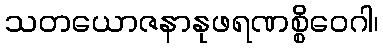
သတယောဇနာနုဖရဏစ္စိဝေဂါ၊